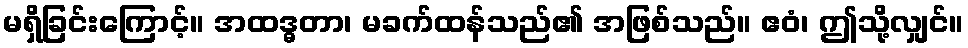
မရှိခြင်းကြောင့်။ အထဒ္ဓတာ၊ မခက်ထန်သည်၏ အဖြစ်သည်။ ဧဝံ၊ ဤသို့လျှင်။